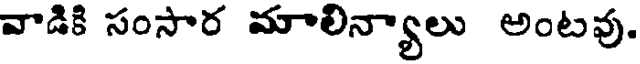
వాడికి సంసార మాలిన్యాలు అంటవు.